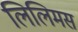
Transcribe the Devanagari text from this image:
लिलिमस